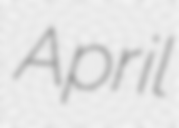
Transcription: April